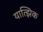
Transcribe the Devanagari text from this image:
यात्झिक